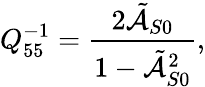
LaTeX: Q_{55}^{-1}=\frac{2\tilde{\mathcal{A}}_{S0}}{1-\tilde{\mathcal{A}}_{S0}^{2}},